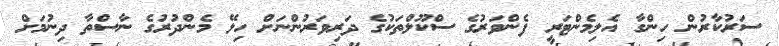
ސަރުކާރުން ހިންގާ އެލިމެންޓަރީ ފެންވަރުގެ ސްކޫލްތަކުގެ ދަރިވަރުންނަށް ހިލޭ މެންދުރުގެ ނާސްތާ ދިނުމަށް